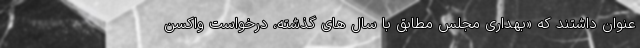
عنوان داشتند که «بهداری مجلس مطابق با سال های گذشته، درخواست واکسن